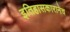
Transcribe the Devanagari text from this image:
इतिहासकारानेच